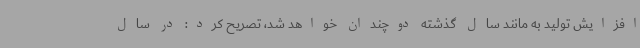
افزایش تولید به مانند سال گذشته دوچندان خواهد شد، تصریح کرد: در سال